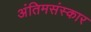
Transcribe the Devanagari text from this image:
अंतिमसंस्कार